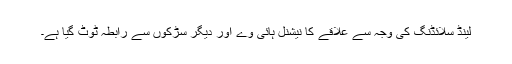
لینڈ سلائڈنگ کی وجہ سے علاقے کا نیشنل ہائی وے اور دیگر سڑکوں سے رابطہ ٹوٹ گیا ہے۔